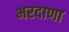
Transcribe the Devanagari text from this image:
भरदाणा